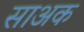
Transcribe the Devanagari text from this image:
साअक